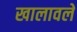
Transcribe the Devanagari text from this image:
खालावले